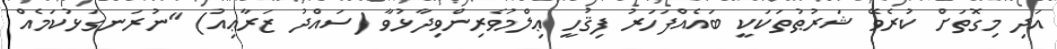
އަދި މިގޮތަށް ކުރެވޭ ޝަރުޠުތަކަކީ ބައެއްފަހަރު ފިޤުހީ ޢިލްމުވެރިންވިދާޅުވާ (ސައްދު ޒަރާޢިއު) ''ނުރަނގަޅުކަމެއް